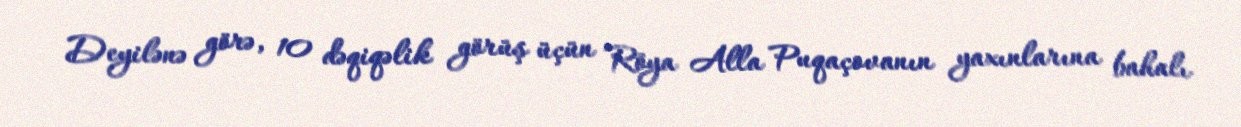
Deyilənə görə, 10 dəqiqəlik görüş üçün Röya Alla Puqaçovanın yaxınlarına bahalı